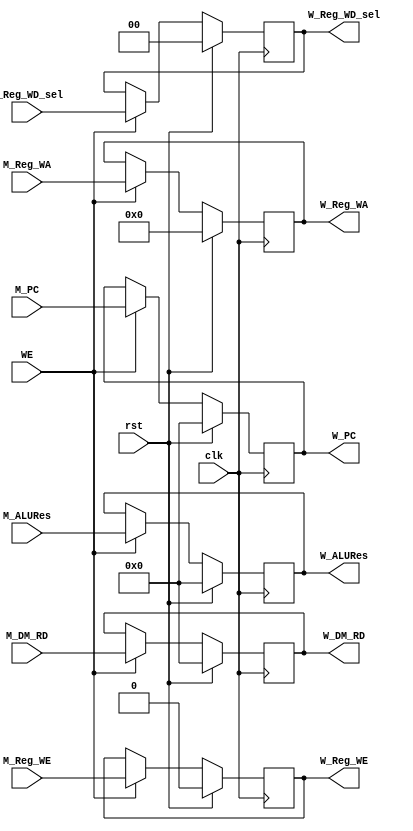
// This program was cloned from: https://github.com/Qin-shihuang/BUAA_CO_2023
// License: MIT License

module W_Reg (
    input wire clk,
    input wire rst,
    input wire WE,

    input wire [31:0] M_PC,

    input wire [31:0] M_ALURes,
    input wire [31:0] M_DM_RD,
    input wire M_Reg_WE,
    input wire [4:0] M_Reg_WA,
    input wire [1:0] M_Reg_WD_sel,
    
    output reg [31:0] W_PC,

    output reg [31:0] W_ALURes,
    output reg [31:0] W_DM_RD,
    output reg W_Reg_WE,
    output reg [4:0] W_Reg_WA,
    output reg [1:0] W_Reg_WD_sel
);
    always @(posedge clk ) begin
        if (rst) begin 
            W_PC <= 0;
            W_ALURes <= 0;
            W_DM_RD <= 0;
            W_Reg_WE <= 0;
            W_Reg_WA <= 0;
            W_Reg_WD_sel <= 0;
        end
        else if (WE) begin
            W_PC <= M_PC;
            W_ALURes <= M_ALURes;
            W_DM_RD <= M_DM_RD;
            W_Reg_WE <= M_Reg_WE;
            W_Reg_WA <= M_Reg_WA;
            W_Reg_WD_sel <= M_Reg_WD_sel;
        end
    end
endmodule